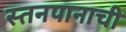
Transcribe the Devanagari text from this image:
स्तनपानाची